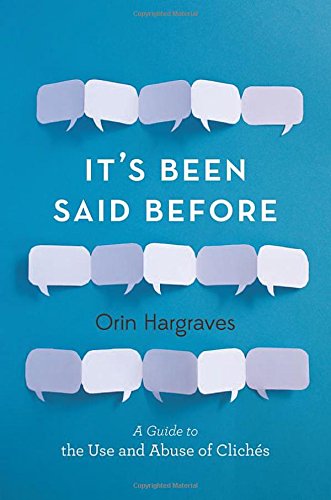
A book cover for It's Been Said Before: A Guide to the Use and Abuse of Cliches; Orin Hargraves; Reference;